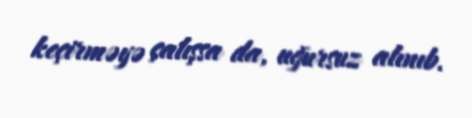
keçirməyə çalışsa da, uğursuz alınıb.